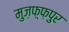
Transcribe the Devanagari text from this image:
मुज़फ़्फ़पुर